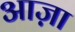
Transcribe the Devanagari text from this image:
आज़ा